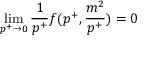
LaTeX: \operatorname * { l i m } _ { p ^ { + } \to 0 } { \frac { 1 } { p ^ { + } } } f ( p ^ { + } , { \frac { m ^ { 2 } } { p ^ { + } } } ) = 0